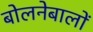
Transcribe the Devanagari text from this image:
बोलनेबालों